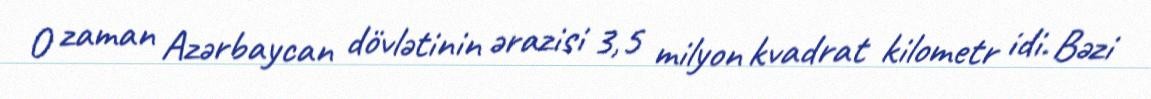
O zaman Azərbaycan dövlətinin ərazisi 3,5 milyon kvadrat kilometr idi. Bəzi